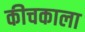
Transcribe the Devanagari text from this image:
कीचकाला